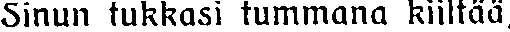
Sinun tukkasi tummana kiiltää,